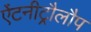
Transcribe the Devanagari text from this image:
ऐंटनीट्रौलौप